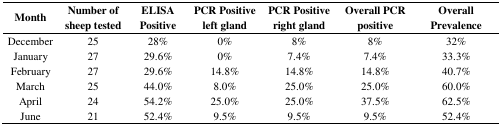
<table><thead><tr><td><b>Month</b></td><td><b>Number of sheep tested</b></td><td><b>ELISA Positive</b></td><td><b>PCR Positive left gland</b></td><td><b>PCR Positive right gland</b></td><td><b>Overall PCR positive</b></td><td><b>Overall Prevalence</b></td></tr></thead><tbody><tr><td>December</td><td>25</td><td>28%</td><td>0%</td><td>8%</td><td>8%</td><td>32%</td></tr><tr><td>January</td><td>27</td><td>29.6%</td><td>0%</td><td>7.4%</td><td>7.4%</td><td>33.3%</td></tr><tr><td>February</td><td>27</td><td>29.6%</td><td>14.8%</td><td>14.8%</td><td>14.8%</td><td>40.7%</td></tr><tr><td>March</td><td>25</td><td>44.0%</td><td>8.0%</td><td>25.0%</td><td>25.0%</td><td>60.0%</td></tr><tr><td>April</td><td>24</td><td>54.2%</td><td>25.0%</td><td>25.0%</td><td>37.5%</td><td>62.5%</td></tr><tr><td>June</td><td>21</td><td>52.4%</td><td>9.5%</td><td>9.5%</td><td>9.5%</td><td>52.4%</td></tr></tbody></table>